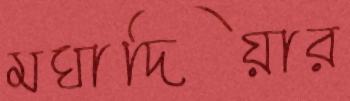
মঘাদিয়ার